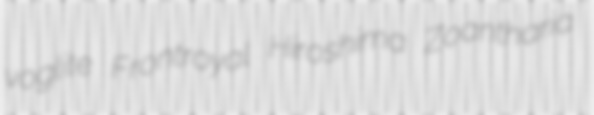
voglite Frontroyal Hiroshima Zoantharia